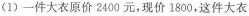
(1)一件大衣原价2400元，现价1800，这件大衣